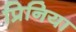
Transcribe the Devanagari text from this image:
प्रिनिया